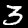
Digit: 3